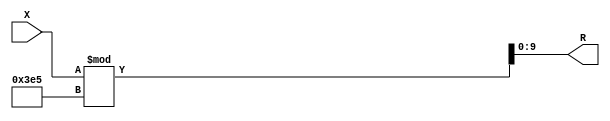
module x_300_mod_997_reg(
    input [300:1] X,
    output [10:1] R
    );


assign R = X % 997;

endmodule